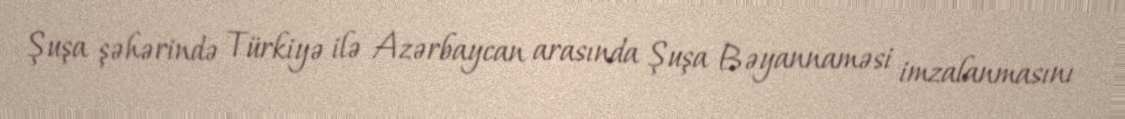
Şuşa şəhərində Türkiyə ilə Azərbaycan arasında Şuşa Bəyannaməsi imzalanmasını